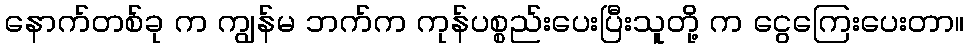
နောက်တစ်ခု က ကျွန်မ ဘက်က ကုန်ပစ္စည်းပေးပြီးသူတို့ က ငွေကြေးပေးတာ။